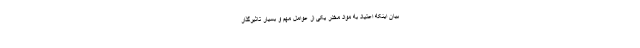
بیان اینکه اعتیاد به مواد مخدر یکی از عوامل مهم و بسیار تاثیرگذار